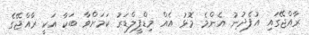
ރާއްޖޭގައި އުފެދުނު އެންމެ މޮޅު އެއް މިޑްފީލްޑަރު ކަމަށްވާ ބަކާ އަކީ ރާއްޖޭގެ